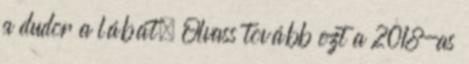
a dudor a lábát. Olvass tovább ezt a 2018-as